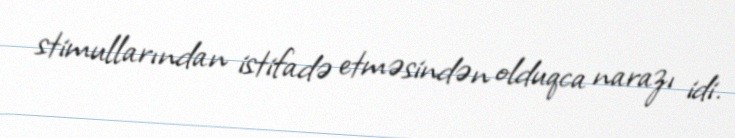
stimullarından istifadə etməsindən olduqca narazı idi.